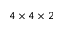
4 \times 4 \times 2